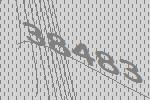
38483